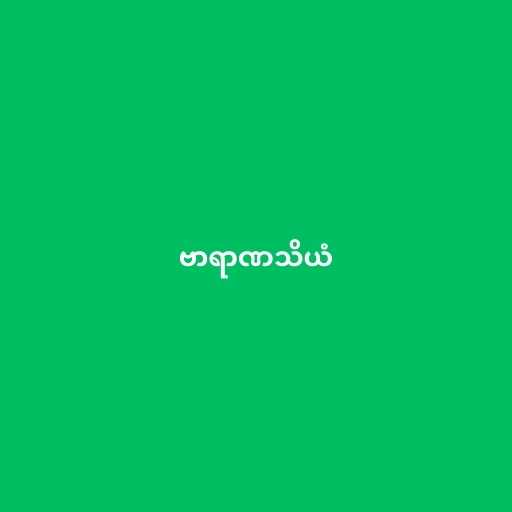
ဗာရာဏသိယံ